Scottish Leaving Certificate Examination, 1960
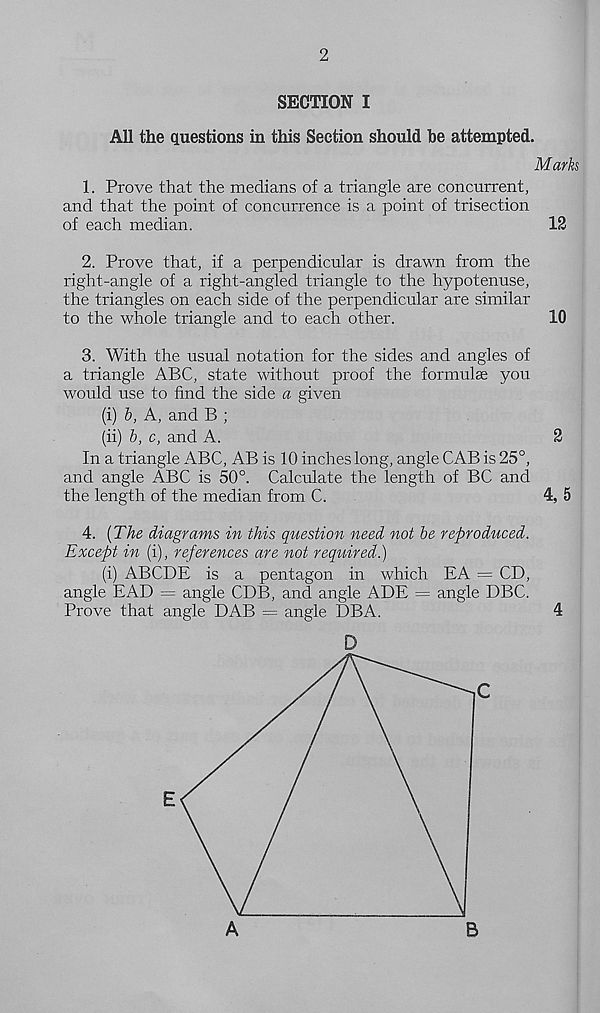
2
SECTION I
All the questions in this Section should be attempted.
Marks
1. Prove that the medians of a triangle are concurrent,
and that the point of concurrence is a point of trisection
of each median.
12
2. Prove that, if a perpendicular is drawn from the
right-angle of a right-angled triangle to the hypotenuse,
the triangles on each side of the perpendicular are similar
to the whole triangle and to each other.
10
3. With the usual notation for the sides and angles of
a triangle ABC, state without proof the formulae you
would use to find the side a given
(i) &, A, and B ;
(ii) b, c, and A.
2
In a triangle ABC, AB is 10 inches long, angle CAB is 25°,
and angle ABC is 50°. Calculate the length of BC and
the length of the median from C.
4, 5
4. {The diagrams in this question need not be reproduced.
Except in (i), references are not required.)
(i) ABCDE is a pentagon in which EA = CD,
angle EAD = angle CDB, and angle ADE = angle DEC.
Prove that angle DAB = angle DBA.
4
D